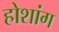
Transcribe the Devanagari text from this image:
होशांग